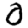
Digit: 0